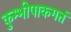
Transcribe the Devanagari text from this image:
कुम्भीपाकगतं